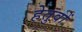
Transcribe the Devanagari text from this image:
हेतुवों